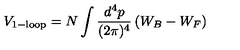
V _ { \mathrm { \footnotesize 1 - l o o p } } = N \int \frac { d ^ { 4 } p } { ( 2 \pi ) ^ { 4 } } \left( W _ { B } - W _ { F } \right)